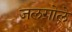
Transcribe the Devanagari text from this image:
जलगोले